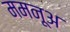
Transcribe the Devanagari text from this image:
ममनूअ